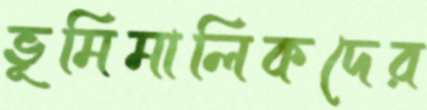
ভূমিমালিকদের